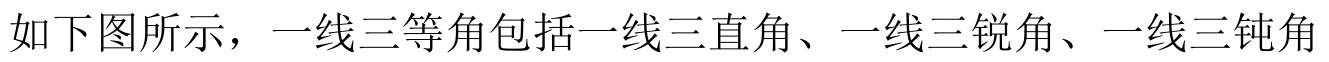
如下图所示，一线三等角包括一线三直角、一线三锐角、一线三钝角